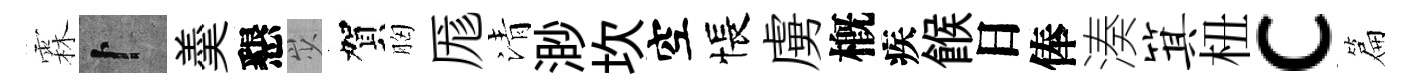
霖卜羮懇𡵯賀胸厖清渺坎空悵虜槪疾餱日俸湊箕杻c篇